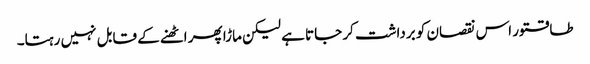
طاقتور اس نقصان کو برداشت کر جاتا ہے لیکن ماڑا پھر اٹھنے کے قابل نہیں رہتا۔